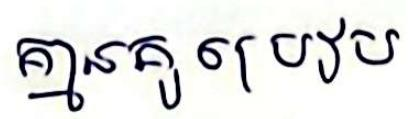
គ្មានគូប្រៀប